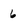
Character: 6